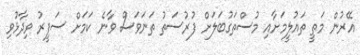
އޭރުން މަތީ ތައުލީމަށާއި މުސްތަގުބަލަށް ފުރުސަތު ތަނަވަސް ވާނެ ކަމަށް ސަފީރު ވިދާޅުވި